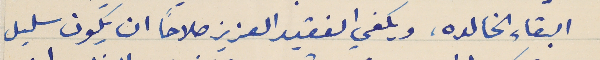
البقاء الخالده، ويكفي الفقيد العزيز صلاحاً ان يكون سليل